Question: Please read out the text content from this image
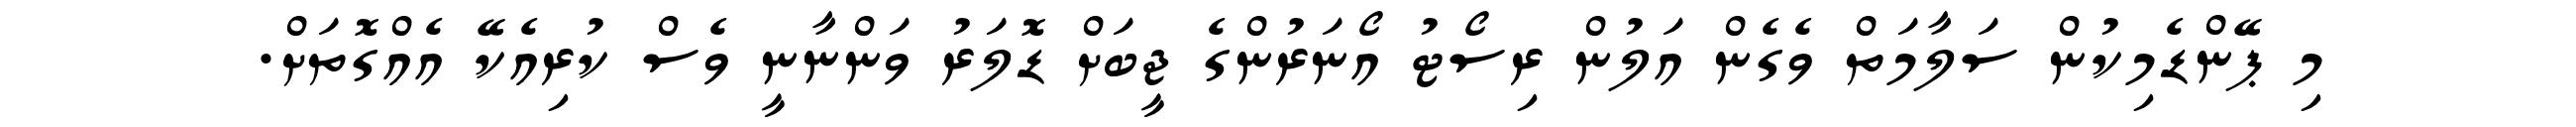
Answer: މި ޕޭންޑެމިކުން ސަލާމަތް ވެގެން އަލުން ރިސޯޓު އޯނަރުންގެ ޖީބަށް ޑޮލަރު ވަންނާނީ ވެސް ކުރިއެކޭ އެއްގޮތަށް.